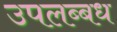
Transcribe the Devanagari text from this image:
उपलब्बध